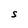
Character: S